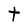
Character: t